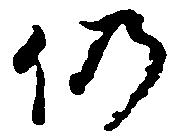
仍